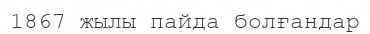
1867 жылы пайда болғандар